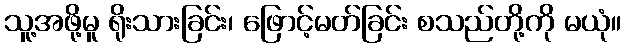
သူ့အဖို့မူ ရိုးသားခြင်း၊ ဖြောင့်မတ်ခြင်း စသည်တို့ကို မယုံ။